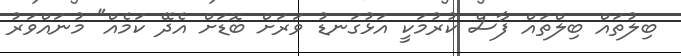
ބިލުތައް ބިލްތައް ފާސް ކުރުމަކީ އަޅުގަނޑު ވަރަށް ބޮޑަށް އެދޭ ކަމެއް" މުނައްވަރު